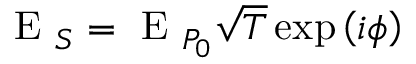
\mathrm { ~ E ~ } _ { S } = \mathrm { ~ E ~ } _ { P _ { 0 } } \sqrt { T } \exp \left( i \phi \right)